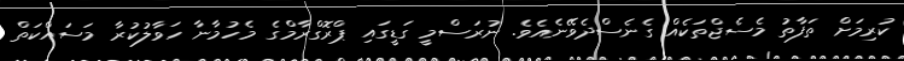
ކުރިމަށް ތަފާތު މެސެޖްތަކެއް ގެނެސްދެވޭނެއެވެ. ނުރަސްމީ ގަޑީގައި ޕްރޮގްރާމްގެ މެހުމާނާ ހަވާލުކުރާ މަސައްކަތް